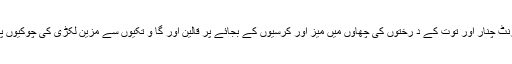
ہائی وے پر ریسٹورنٹ چنار اور توت کے د رختوں کی چھاؤں میں میز اور کرسیوں کے بجائے پر قالین اور گا ؤ تکیوں سے مزّین لکڑی کی چوکیوں پر کھانا سجاتے ہیں۔